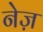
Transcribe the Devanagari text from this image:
नेज़